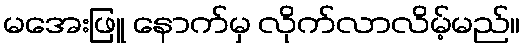
မအေးဖြူ နောက်မှ လိုက်လာလိမ့်မည်။